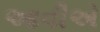
આવીએ